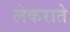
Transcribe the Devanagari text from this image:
लेकराते